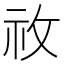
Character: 𥘦